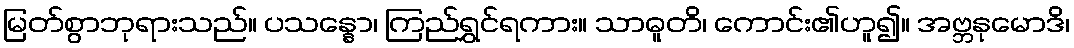
မြတ်စွာဘုရားသည်။ ပသန္နော၊ ကြည်ရွှင်ရကား။ သာဓူတိ၊ ကောင်း၏ဟူ၍။ အဗ္ဘနုမောဒိ၊